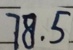
7 8 . 5